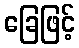
ခြေဖြင့်